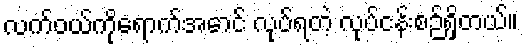
လက်ဝယ်ကိုရောက်အောင် လုပ်ရတဲ့ လုပ်ငန်းစဉ်ရှိတယ်။